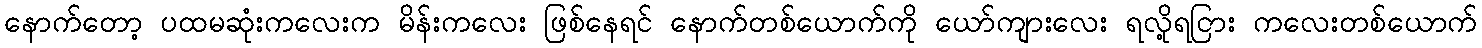
နောက်တော့ ပထမဆုံးကလေးက မိန်းကလေး ဖြစ်နေရင် နောက်တစ်ယောက်ကို ယော်ကျားလေး ရလို့ရငြား ကလေးတစ်ယောက်